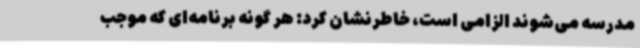
مدرسه می‌شوند الزامی است، خاطرنشان کرد: هر گونه برنامه‌ای که موجب